Lunatic asylums United Prov. 1922-30 - 1922-1930
Year: 1922
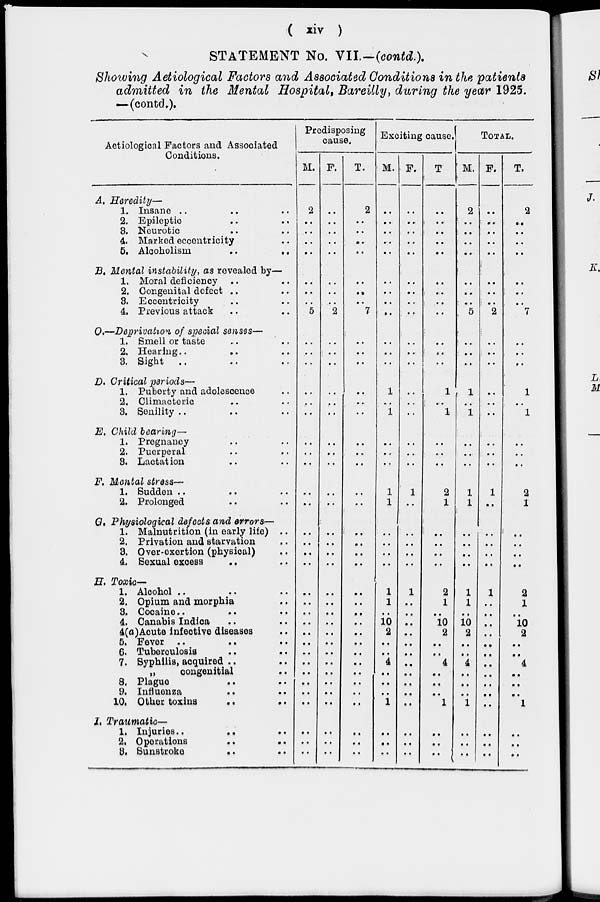
( xiv )
STATEMENT No. VII.—(contd.).
Showing Aetiological Factors and Associated Conditions in the patients
admitted in the Mental Hospital, Bareilly, during the year 1925.
—(contd.).
Aetiological Factors and Associated
Conditions.
A. Heredity—
1. Insane .. .. ..
2. Epileptic .. ..
3. Neurotic .. ..
4. Marked eccentricity ..
5. Alcoholism
..
..
B. Mental instability, as revealed by—
1. Moral deficiency .. ..
2. Congenital defect .. ..
3. Eccentricity .. ..
4. Previous attack .. ..
C.—Deprivation of special senses—
1. Smell or taste .. ..
2. Hearing .. .. ..
3. Sight .. .. ..
D. Critical periods—
1. Puberty and adolescence ..
2. Climacteric .. ..
3. Senility .. .. ..
E. Child bearing—
1. Pregnancy .. ..
2. Puerperal .. ..
3. Lactation .. ..
F. Mental stress—
1. Sudden .. .. ..
2. Prolonged .. ..
G. Physiological defects and errors—
1. Malnutrition (in early life) ..
2. Privation and starvation ..
3. Over-exertion (physical) ..
4. Sexual excess .. ..
H. Toxic—
1. Alcohol .. .. ..
2. Opium and morphia ..
3. Cocaine .. .. ..
4. Canabis Indica .. ..
4(a)Aoute infective diseases ..
5. Fever .. .. ..
6. Tuberoulosis .. ..
7. Syphilis, acquired .. ..
„
congenitial ..
8. Plague .. ..
9. Influenza .. ..
10. Other toxins .. ..
I. Traumatic—
1. Injuries .. .. ..
2. Operations .. ..
3. Sunstroke
..
..
Predisposing
cause.
M.
2
..
..
..
..
..
..
..
5
..
..
..
..
..
..
..
..
..
..
..
..
..
..
..
..
..
..
..
..
..
..
..
..
..
..
..
..
..
..
F.
..
..
..
..
..
..
..
..
2
..
..
..
..
..
..
..
..
..
..
..
..
..
..
..
..
..
..
..
..
..
..
..
..
..
..
..
..
..
..
T.
2
..
..
..
..
..
..
..
7
..
..
..
..
..
..
..
..
..
..
..
..
..
..
..
..
..
..
..
..
..
..
..
..
..
..
..
..
..
..
Exciting cause.
M.
..
..
..
..
..
..
..
..
..
..
..
..
1
..
1
..
..
..
1
1
..
..
..
..
1
1
..
10
2
..
..
4
..
..
..
1
..
..
..
F.
..
..
..
..
..
..
..
..
..
..
..
..
..
..
..
..
..
..
1
..
..
..
..
..
1
..
..
..
..
..
..
..
..
..
..
..
..
..
..
T.
..
..
..
..
..
..
..
..
..
..
..
..
1
..
1
..
..
..
2
1
..
..
..
..
2
1
..
10
2
..
..
4
..
..
..
1
..
..
..
Total.
M.
2
..
..
..
..
..
..
..
5
..
..
..
1
..
1
..
..
..
1
1
..
..
..
..
1
1
..
10
2
..
..
4
..
..
..
1
..
..
..
F.
..
..
..
..
..
..
..
..
2
..
..
..
..
..
..
..
..
..
1
..
..
..
..
..
1
..
..
..
..
..
..
..
..
..
..
..
..
..
..
T.
2
..
..
..
..
..
..
..
7
..
..
..
1
..
1
..
..
..
2
1
..
..
..
..
2
1
..
10
2
..
..
4
..
..
..
1
..
..
..